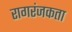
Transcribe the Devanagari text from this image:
रागरंजकता